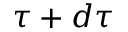
\tau + d \tau